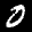
Label: 0